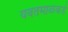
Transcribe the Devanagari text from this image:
यवतमाळकडे